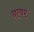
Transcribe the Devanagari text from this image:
चत्वरः